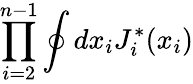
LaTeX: \prod_{i=2}^{n-1}\oint dx_{i}J_{i}^{*}(x_{i})